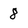
Character: 8